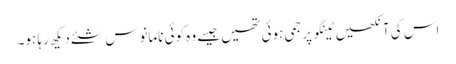
اس کی آنکھیں ٹینگو پر جمی ہوئی تھیں جیسے وہ کوئی نامانوس شئے دیکھ رہا ہو۔